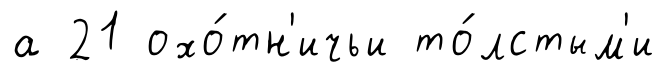
а 21 охо́тн'ичьи то́лстым'и